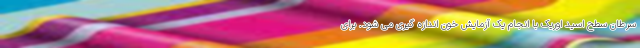
سرطان سطح اسید اوریک با انجام یک آزمایش خون اندازه گیری می شود. برای